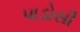
પાડોસી